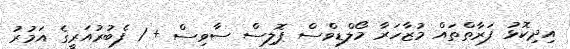
އިދިކޮޅު ފަރާތްތައް މުޒާހަރާ މޯލްޑިވްސް ޕޮލިސް ސާވިސް + 1 ފެބުރުއަރީގެ އަމުރު